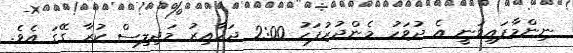
ނިންމާފައިވަނީ އެ ދުވަހު މެންދުރުފަހު 2:00 ޖަހާއިރު މަޖިލިސް ކުރާ ގޭގަ އެވެ.